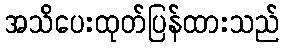
အသိပေးထုတ်ပြန်ထားသည်